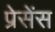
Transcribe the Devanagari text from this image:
प्रेसेंस